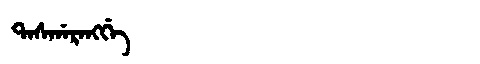
Manchu: ᡨᠠᠰᡤᠠᡵᠠᠩᡤᡝ
Romanization: TASGARANGGE